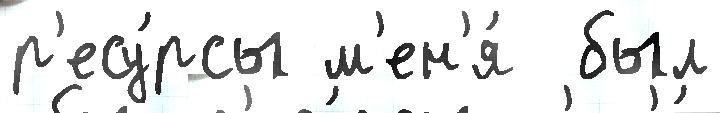
р'есу́рсы м'ен'я́  был